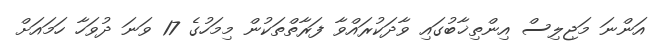
އަންނަ މަޖިލިސް އިންތިޚާބުގައި ވާދަކުރައްވާ ފަރާތްތަކުން މިމަހުގެ 17 ވަނަ ދުވަހާ ހަމައަށް